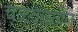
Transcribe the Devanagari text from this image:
चळवळतील